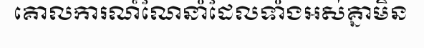
គោលការណ៍ណែនាំដែលទាំងអស់គ្នាមិន